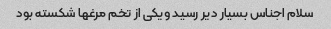
سلام اجناس بسیار دیر رسید ویکی از تخم مرغها شکسته بود